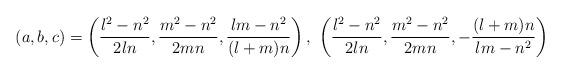
LaTeX: \begin{align*} (a,b,c) = \left(\frac{l^2-n^2}{2ln},\frac{m^2-n^2}{2mn},\frac{lm-n^2}{(l+m)n}\right),\ \left(\frac{l^2-n^2}{2ln},\frac{m^2-n^2}{2mn},-\frac{(l+m)n}{lm-n^2}\right) \end{align*}